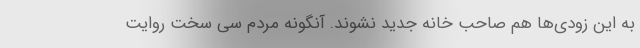
به این زودی‌ها هم صاحب خانه جدید نشوند. آنگونه مردم سی سخت روایت